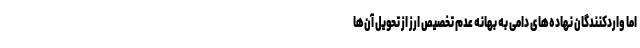
اما واردکنندگان نهاده‌های دامی به بهانه عدم تخصیص ارز از تحویل آن‌ها